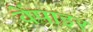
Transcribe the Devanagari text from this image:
वेंपाइर